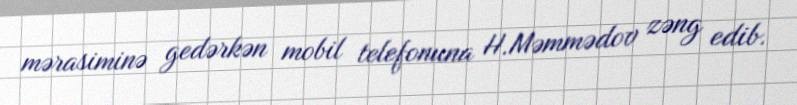
mərasiminə gedərkən mobil telefonuna H.Məmmədov zəng edib.